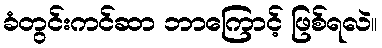
ခံတွင်းကင်ဆာ ဘာကြောင့် ဖြစ်ရလဲ။